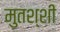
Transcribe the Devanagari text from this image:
मुतश्शी